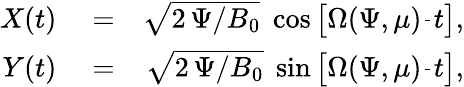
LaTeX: \begin{array}{rlr}{X(t)}&{{}=}&{\sqrt{2\, \Psi/B_{0}}\; \cos\left[\Omega(\Psi,\mu)\frac{}{}t\right],}\\ {Y(t)}&{{}=}&{\sqrt{2\, \Psi/B_{0}}\; \sin\left[\Omega(\Psi,\mu)\frac{}{}t\right],}\end{array}